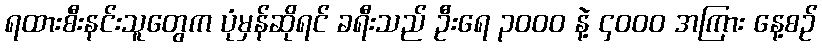
ရထားစီးနင်းသူတွေက ပုံမှန်ဆိုရင် ခရီးသည် ဦးရေ ၃၀၀၀ နဲ့ ၄၀၀၀ အကြား နေ့စဉ်